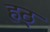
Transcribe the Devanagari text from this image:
हठ्